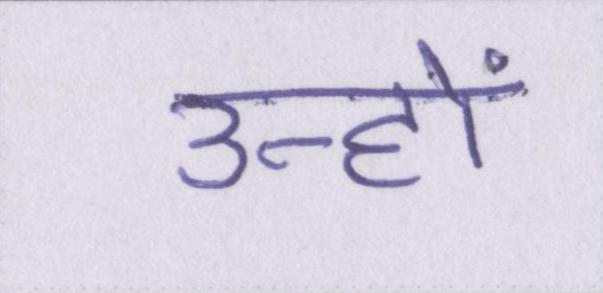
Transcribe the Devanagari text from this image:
उन्हों